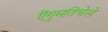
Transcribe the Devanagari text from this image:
ऎगुमतिचेसे